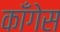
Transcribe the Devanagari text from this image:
काँगेस